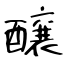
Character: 醸